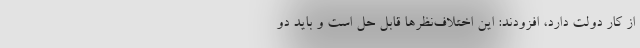
از کار دولت دارد، افزودند: این اختلاف‌نظرها قابل حل است و باید دو